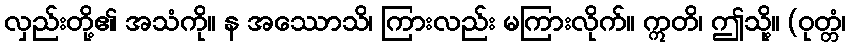
လှည်းတို့၏ အသံကို။ န အဿောသိ၊ ကြားလည်း မကြားလိုက်။ ဣတိ၊ ဤသို့။ (ဝုတ္တံ၊